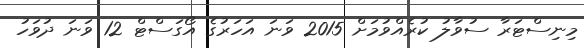
މިނިސްޓަރާ ސުވާލު ކުރެއްވުމަށް 2015 ވަނަ އަހަރުގެ އޯގަސްޓް 12 ވަނަ ދުވަހު